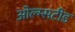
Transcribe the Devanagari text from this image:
ओल्म्सटीड